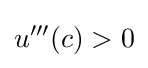
u'''(c)>0